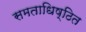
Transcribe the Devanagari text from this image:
समताधिष्ठित